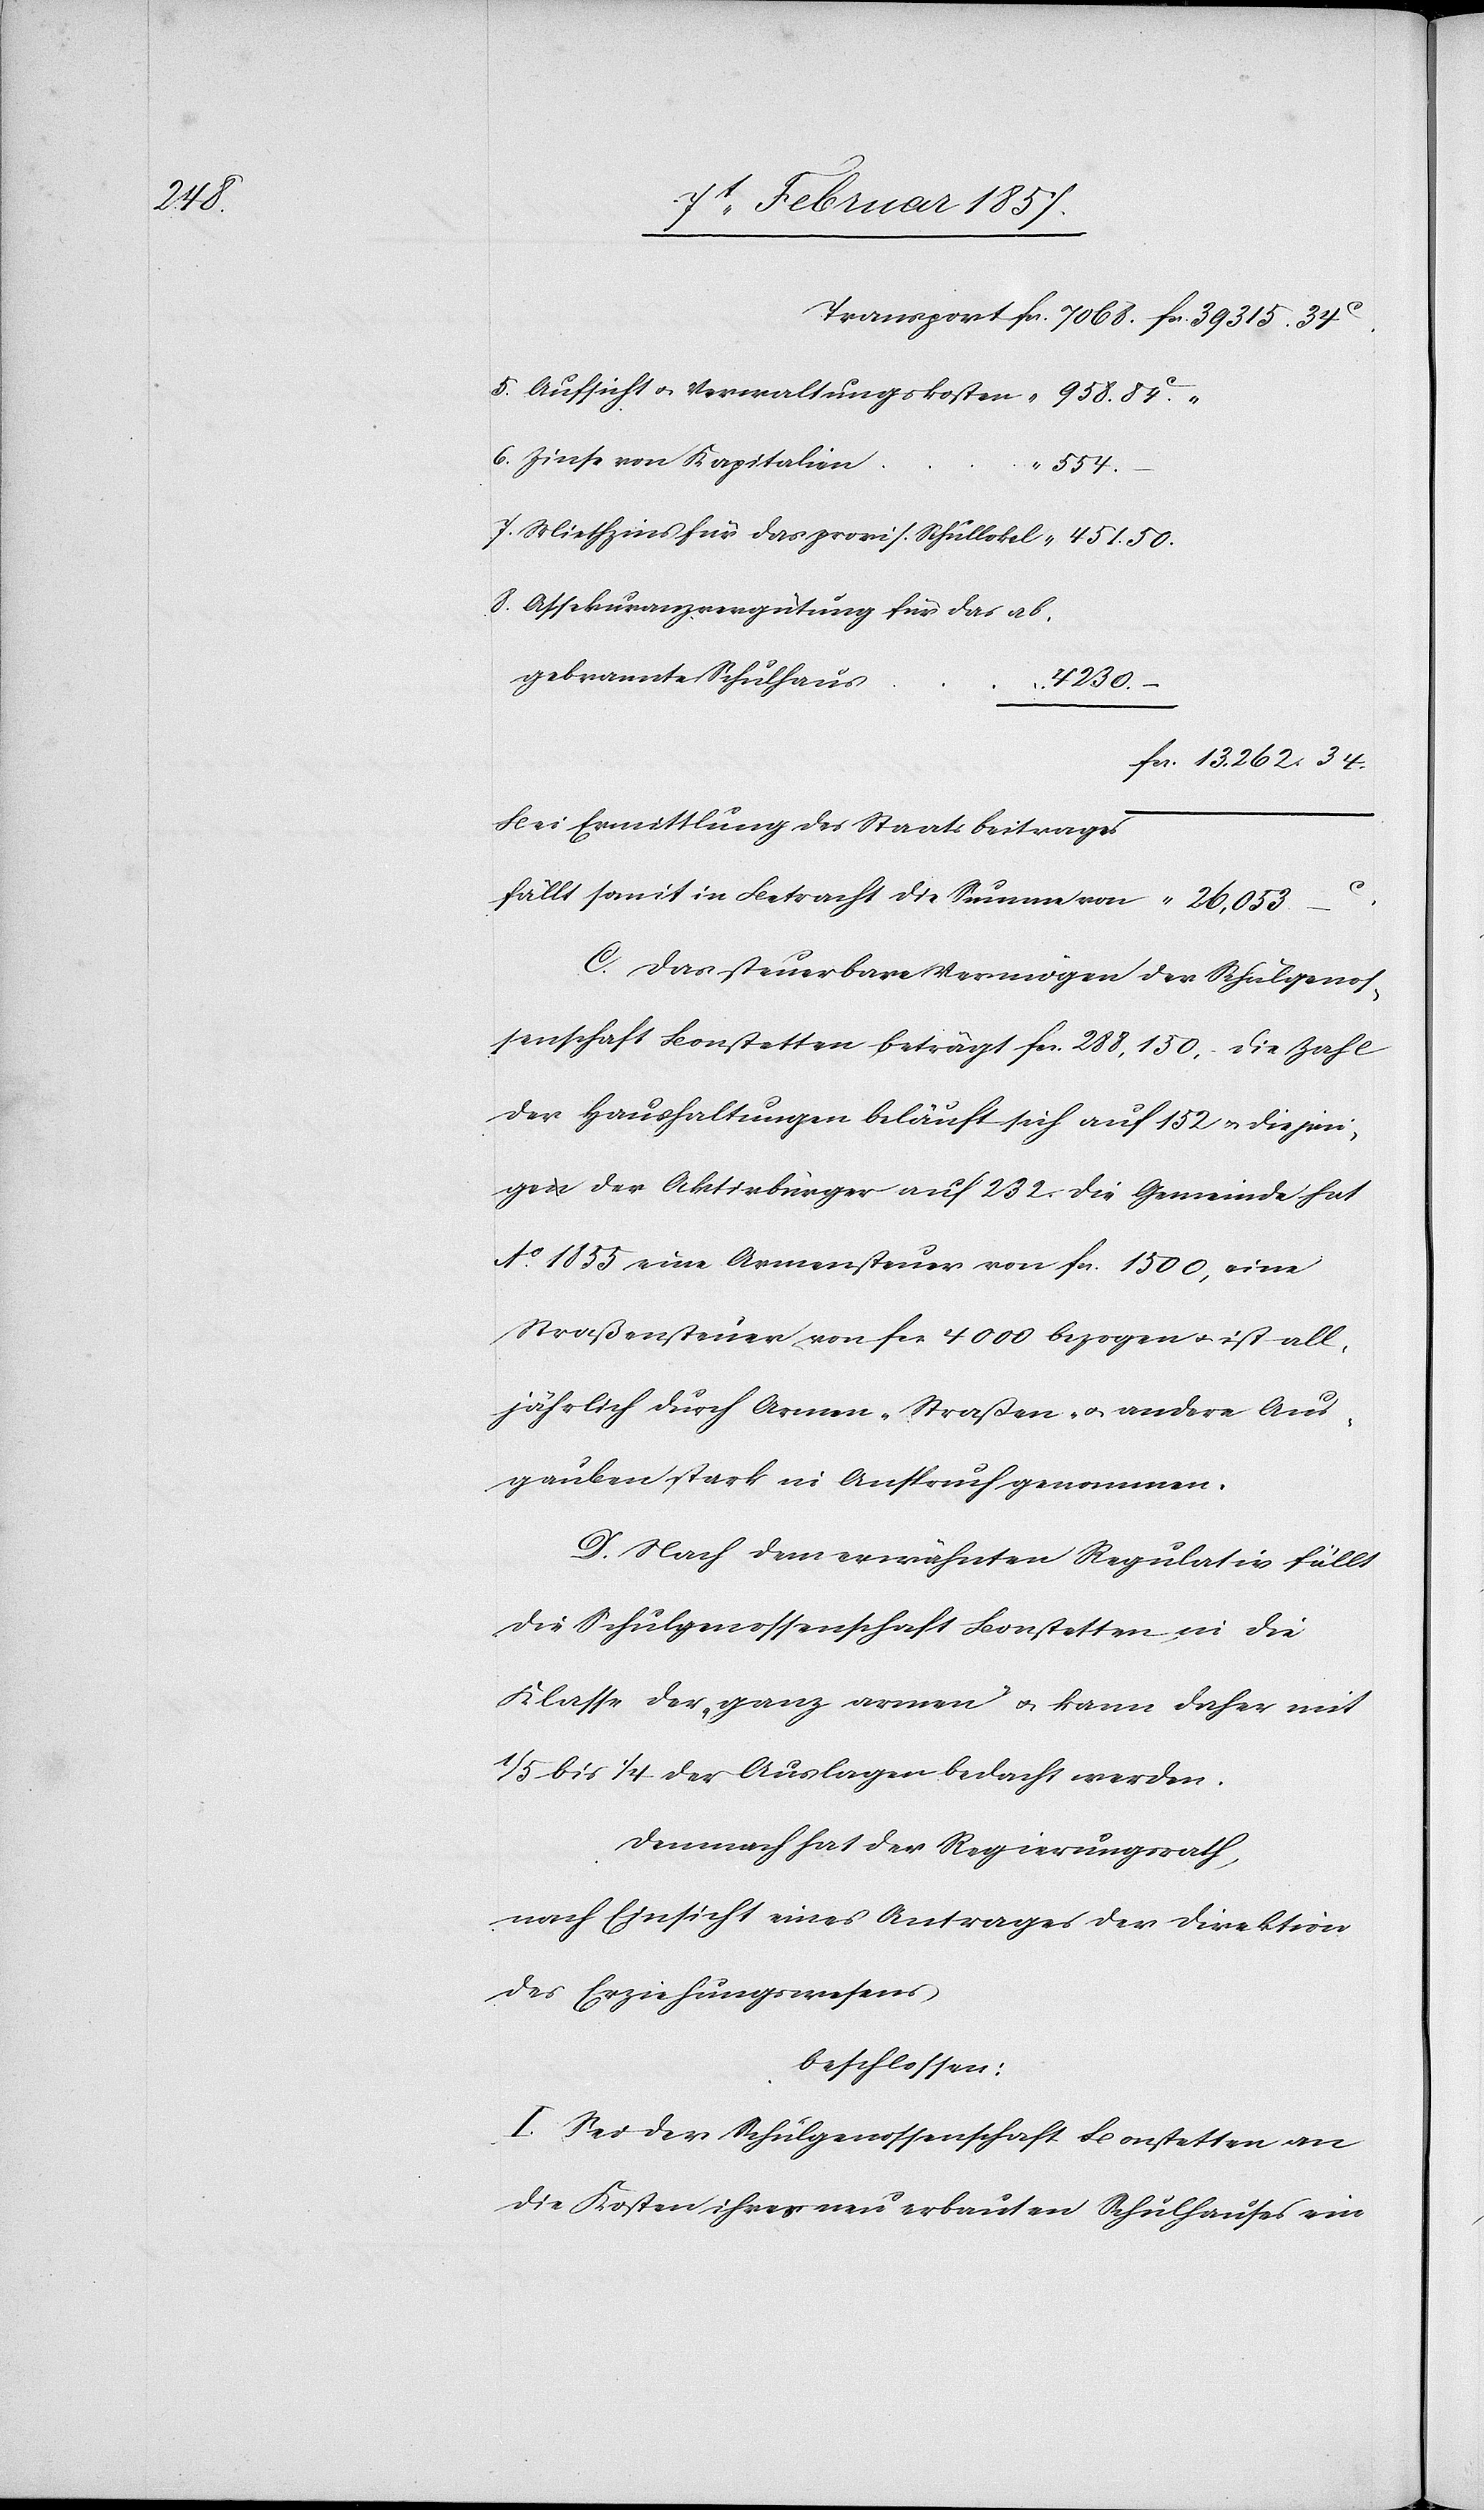
34.

Aufsicht u. Verwaltungskosten
Zinse von Kapitalien
–
Miethzins für das provis. Schullokal
Assekuranzvergütung für das ab¬
gebrannte Schulhaus
4230.
Bei Ermittlung des Staatsbeitrages
fällt somit in Betracht die Summe von
C. Das steuerbare Vermögen der Schulgenos¬
senschaft Bonstetten beträgt fr. 288,150. Die Zahl
der Haushaltungen beläuft sich auf 152 u. diejeni¬
ge der Aktivbürger auf 232. Die Gemeinde hat
Ao 1855 eine Armensteuer von fr. 1500, eine
Straßensteuer von fr 4000 bezogen u. ist all¬
jährlich durch Armen-[,] Straßen- u. andere Aus¬
gauben [sic!] stark in Anspruch genommen.
D. Nach dem erwähnten Regulativ fällt
die Schulgenossenschaft Bonstetten in die
Klasse der „ganz armen“ u. kann daher mit
1/5 bis 1/4 der Auslagen bedacht werden.
Demnach hat der Regierungsrath,
nach Einsicht eines Antrages der Direktion
des Erziehungswesens
beschlossen:
I. Sei der Schulgenossenschaft Bonstetten an
die Kosten ihres neu erbauten Schulhauses ein